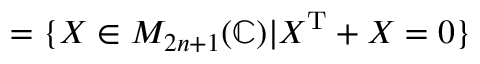
= \{ X \in M _ { 2 n + 1 } ( \mathbb { C } ) | X ^ { \mathrm { T } } + X = 0 \}